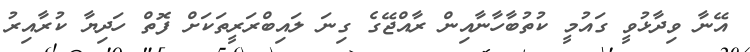
އޭނާ ވިދާޅުވީ ގައުމީ ކުތުބާހާނާއިން ރާއްޖޭގެ ގިނަ ލައިބްރަރީތަކަށް ފޮތް ހަދިޔާ ކުރާއިރު